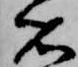
右